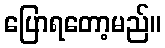
ပြောရတော့မည်။